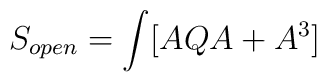
S_{open}=\int [A Q A + A^3]